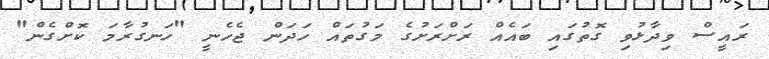
ރައީސް ވިދާޅުވި ގޮތުގައި ބައެއް ރަށްރަށުގެ މަގުތައް ހަދަން ޖެހެނީ "ހަނގުރާމަ ކޮށްގެން"